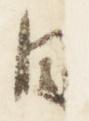
日